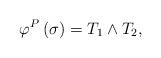
LaTeX: \begin{align*}\varphi^P\left(\sigma\right)=T_1\wedge T_2,\end{align*}